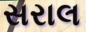
સરાલ